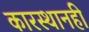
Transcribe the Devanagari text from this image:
कारस्थानही